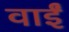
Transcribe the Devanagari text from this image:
वाईं